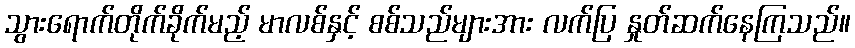
သွားရောက်တိုက်ခိုက်မည့် မာလစ်နှင့် စစ်သည်များအား လက်ပြ နှုတ်ဆက်နေကြသည်။